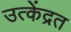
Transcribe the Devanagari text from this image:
उत्केंद्रत